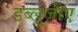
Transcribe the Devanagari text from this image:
डब्लूजीए